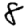
Digit: 8